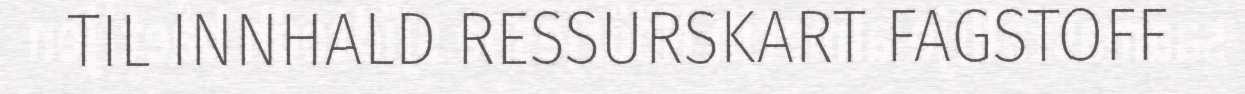
TIL INNHALD RESSURSKART FAGSTOFF